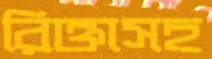
রিক্তাসহ